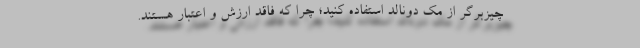
چیزبرگر از مک دونالد استفاده کنید؛ چرا که فاقد ارزش و اعتبار هستند.